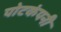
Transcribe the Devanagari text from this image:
पोटकंपनी